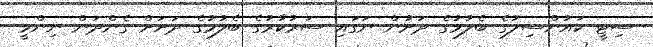
ސިޓީ ކައުންސިލުގެ ބެލުމުގެ ދަށުން ނަގައި ސަރުކާރުގެ ބެލުމުގެ ދަށަށް ގެންދަން ނިންމީ